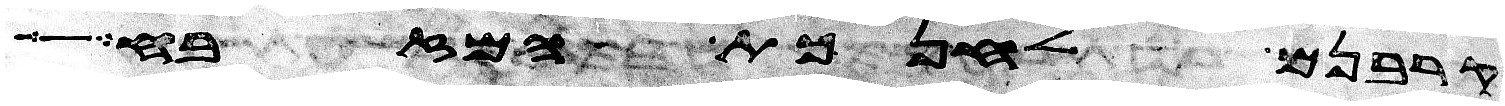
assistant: קרבנם לחנכת המזבח